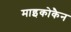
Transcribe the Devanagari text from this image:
माइकोकैन